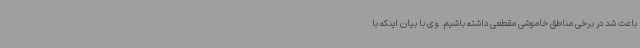
باعث شد در برخی مناطق خاموشی مقطعی داشته باشیم. وی با بیان اینکه با